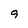
Character: 9